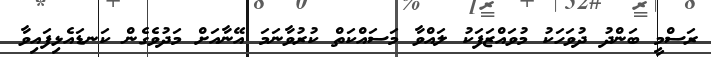
ރަސްމީ ބަންދު ދުވަހަކު މުވައްޒަފަކު ލައްވާ މަސައްކަތް ކުރުވާނަމަ އޭނާއަށް މަދުވެގެން ކަނޑައެޅިފައިވާ